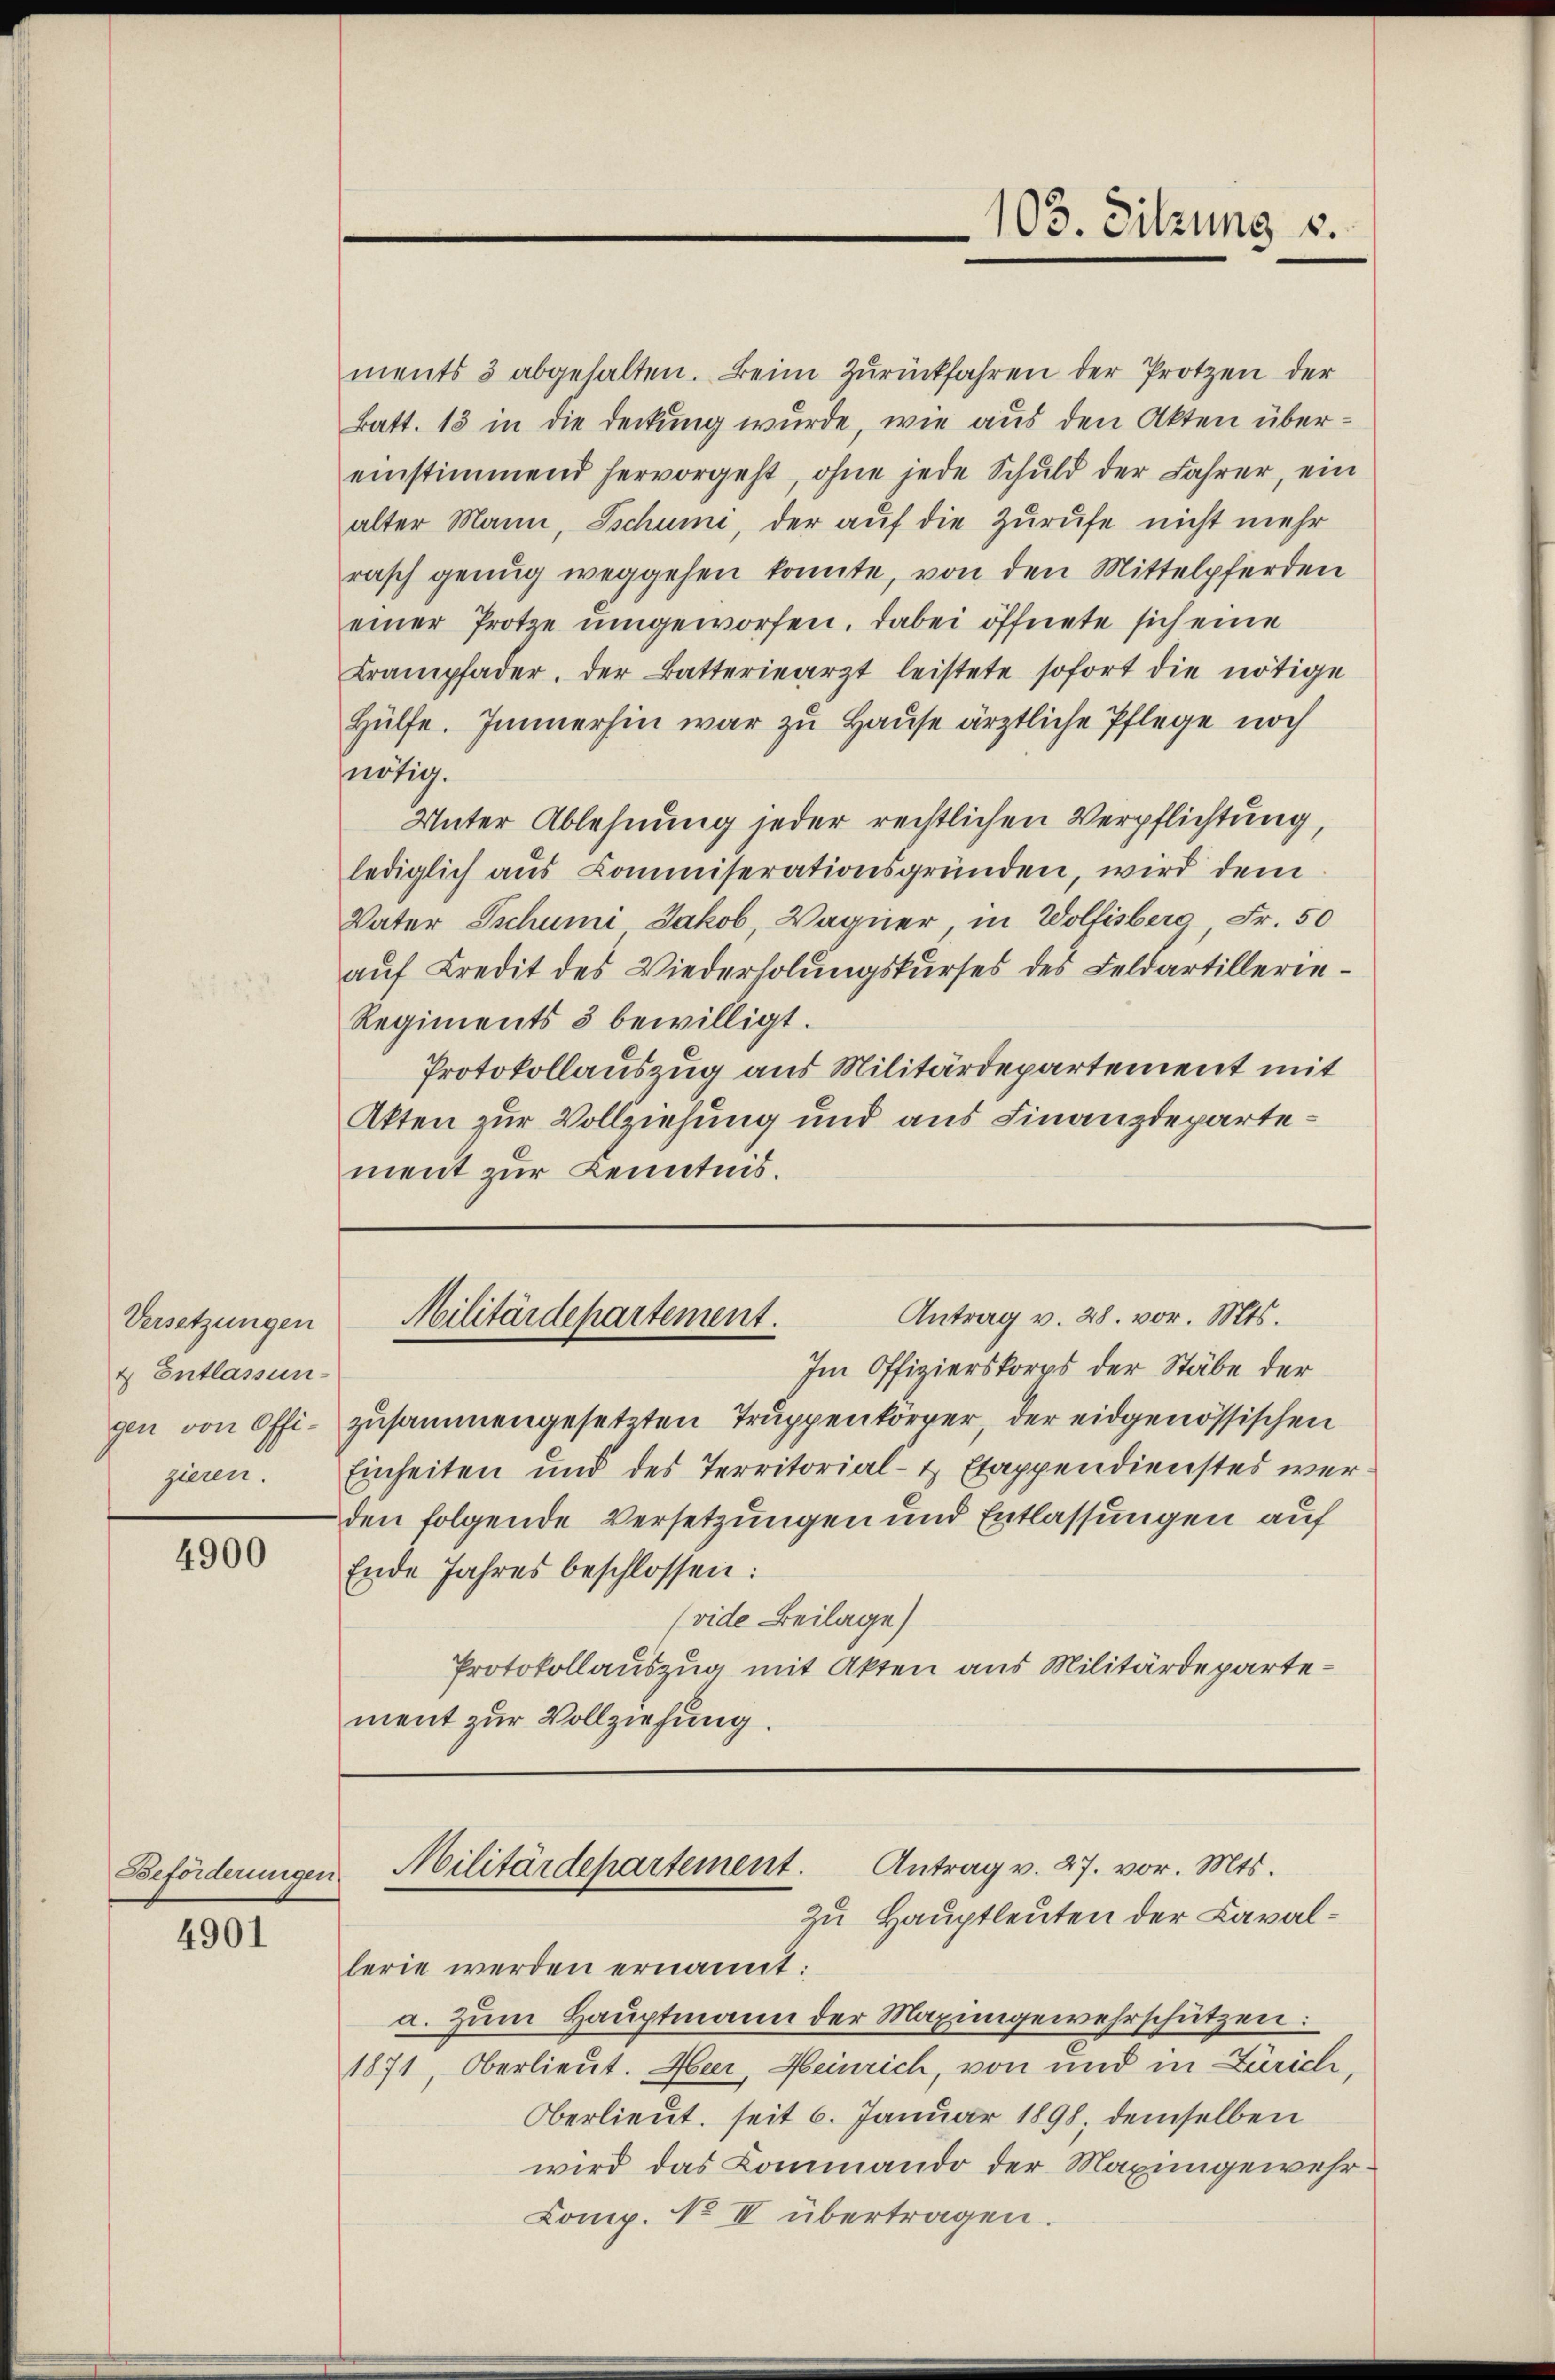
Versetzungen
& Entlassun
gieren.

4900

Beförderungen.

4901

ments 3 abgehalten. Beim Zŭrückfahren der Protzen der
Batt. 13 in die Deckung wurde, wie aus den Akten übereinstimmend hervorgeht, ohne jede Schuld der Jahrer, ein
alter Mann, Tschumi, der auf die Zurufe nicht mehr
rasch genug weggehen konnte, von den Mittelpferden
einer Protze umgeworfen. Dabei öffnete sich eine
Krampfader. Der Batteriearzt leistete sofort die nötige
Hülfe. Immerhin war zu Hause ärztliche Pflege noch
nötig.
Unter Ablehnung jeder rechtlichen Verpflichtung,
lediglich aŭs Commiserationsgründen, wird dem
Vater Tschumi Jakob, Wagner in Wolfisberg, Fr. 50
auf Kredit des Wiederholungskurses des Feldartillerie¬
Regiments 3 bewilligt.
Protokollauszug aus Militärdepartement mit
Akten zur Vollziehung und aus Finanzdepartement zur Kenntnis.

103. Sitzung 8.

Im Offizierskorps der Stäbe der
gen von Offi- zusammengesetzten Truppenkörper, der eidgenössischen
Einheiten und des Territorial- & Etappendienstes werden folgende Versetzungen und Entlassungen auf
Ende Jahres beschlossen:
(vide Beilage)
Protokollauszug mit Akten aus Militärdepartement zur Vollziehung.

Antrag v. 28. vor. Mts.
Militärdepartement.

Militärdepartement. Antrag v. 27. vor. Mts.
Zu Hauptleuten der Caval¬

lerie werden ernannt:
a. Zum Hauptmann der Maximgewehrschützen:
1871 Oberlieut. Heer, Heinrich, von und in Zürich,
Oberlieut. seit 6. Januar 1898 demselben
wird das Commando der Maximgewehr¬
Comp. No II übertragen.